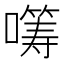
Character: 𡀤